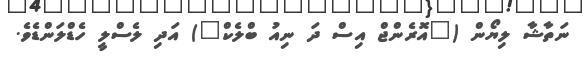
ނަތާޝާ ލިޔޯން ("އޮރެންޖް އިސް ދަ ނިއު ބްލެކް") އަދި ލެސްލީ ހެޑްލަންޑެވެ.